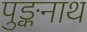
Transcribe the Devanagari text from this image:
पुङ्कनाथ